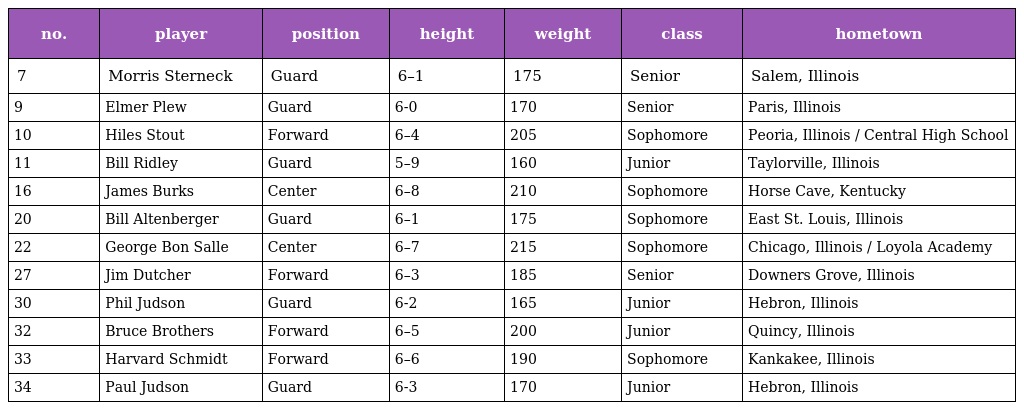
| no. | player | position | height | weight | class | hometown |
 | --- | --- | --- | --- | --- | --- | --- |
 | 7 | Morris Sterneck | Guard | 6–1 | 175 | Senior | Salem, Illinois |
 | 9 | Elmer Plew | Guard | 6-0 | 170 | Senior | Paris, Illinois |
 | 10 | Hiles Stout | Forward | 6–4 | 205 | Sophomore | Peoria, Illinois / Central High School |
 | 11 | Bill Ridley | Guard | 5–9 | 160 | Junior | Taylorville, Illinois |
 | 16 | James Burks | Center | 6–8 | 210 | Sophomore | Horse Cave, Kentucky |
 | 20 | Bill Altenberger | Guard | 6–1 | 175 | Sophomore | East St. Louis, Illinois |
 | 22 | George Bon Salle | Center | 6–7 | 215 | Sophomore | Chicago, Illinois / Loyola Academy |
 | 27 | Jim Dutcher | Forward | 6–3 | 185 | Senior | Downers Grove, Illinois |
 | 30 | Phil Judson | Guard | 6-2 | 165 | Junior | Hebron, Illinois |
 | 32 | Bruce Brothers | Forward | 6–5 | 200 | Junior | Quincy, Illinois |
 | 33 | Harvard Schmidt | Forward | 6–6 | 190 | Sophomore | Kankakee, Illinois |
 | 34 | Paul Judson | Guard | 6-3 | 170 | Junior | Hebron, Illinois |